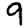
Digit: 9